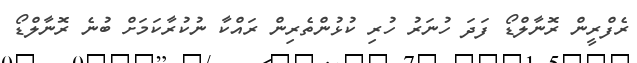
ރެފްރީން ރޮނާލްޑޯ ފަދަ ހުނަރު ހުރި ކުޅުންތެރިން ރައްކާ ނުކުރާކަމަށް ބުނެ ރޮނާލްޑޯ